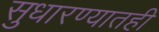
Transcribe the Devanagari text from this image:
सुधारण्यातही